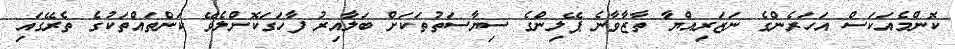
ކޮންމެއަކަސް އަހަރެންގެ ނަޒަރިއްޔާ ތާޒާވާނެ ޕޭލިންގެ ސިޔާސަތުތަކަށް ބަލާއިރު ފާހަގަކޮށްލެވޭ ކަންތައްތަކުގެ ތެރޭގައި